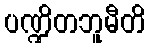
ပဏ္ဍိတဘူမီတိ